Reports on military cantonments and civil stations in the Presidency of Bombay inspected by the Sanitary Commissioner in the years 1875 and 1876
Year: 1875
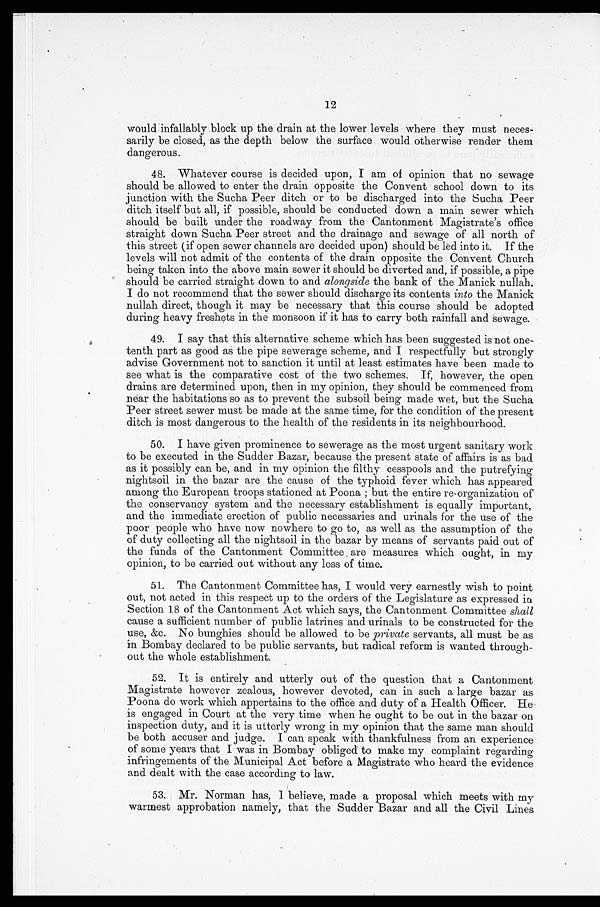
12
would infallably block up the drain at the lower levels where they must neces-
sarily be closed, as the depth below the surface would otherwise render them
dangerous.
48. Whatever course is decided upon, I am of opinion that no sewage
should be allowed to enter the drain opposite the Convent school down to its
junction with the Sucha Peer ditch or to be discharged into the Sucha Peer
ditch itself but all, if possible, should be conducted down a main sewer which
should be built under the roadway from the Cantonment Magistrate's office
straight down Sucha Peer street and the drainage and sewage of all north of
this street (if open sewer channels are decided upon) should be led into it. If the
levels will not admit of the contents of the drain opposite the Convent Church
being taken into the above main sewer it should be diverted and, if possible, a pipe
should be carried straight down to and alongside the bank of the Manick nullah.
I do not recommend that the sewer should discharge its contents into the Manick
nullah direct, though it may be necessary that this course should be adopted
during heavy freshets in the monsoon if it has to carry both rainfall and sewage.
49. I say that this alternative scheme which has been suggested is not one-
tenth part as good as the pipe sewerage scheme, and I respectfully but strongly
advise Government not to sanction it until at least estimates have been made to
see what is the comparative cost of the two schemes. If, however, the open
drains are determined upon, then in my opinion, they should be commenced from
near the habitations so as to prevent the subsoil being made wet, but the Sucha
Peer street sewer must be made at the same time, for the condition of the present
ditch is most dangerous to the health of the residents in its neighbourhood.
50. I have given prominence to sewerage as the most urgent sanitary work
to be executed in the Sudder Bazar, because the present state of affairs is as bad
as it possibly can be, and in my opinion the filthy cesspools and the putrefying
nightsoil in the bazar are the cause of the typhoid fever which has appeared
among the European troops stationed at Poona ; but the entire re-organization of
the conservancy system and the necessary establishment is equally important,
and the immediate erection of public necessaries and urinals for the use of the
poor people who have now nowhere to go to, as well as the assumption of the
of duty collecting all the nightsoil in the bazar by means of servants paid out of
the funds of the Cantonment Committee are measures which ought, in my
opinion, to be carried out without any loss of time.
51. The Cantonment Committee has, I would very earnestly wish to point
out, not acted in this respect up to the orders of the Legislature as expressed in
Section 18 of the Cantonment Act which says, the Cantonment Committee shall
cause a sufficient number of public latrines and urinals to be constructed for the
use, &c. No bunghies should be allowed to be private servants, all must be as
in Bombay declared to be public servants, but radical reform is wanted through-
out the whole establishment.
52. It is entirely and utterly out of the question that a Cantonment
Magistrate however zealous, however devoted, can in such a large bazar as
Poona do work which appertains to the office and duty of a Health Officer. He
is engaged in Court at the very time when he ought to be out in the bazar on
inspection duty, and it is utterly wrong in my opinion that the same man should
be both accuser and judge. I can speak with thankfulness from an experience
of some years that I was in Bombay obliged to make my complaint regarding
infringements of the Municipal Act before a Magistrate who heard the evidence
and dealt with the case according to law.
53. Mr. Norman has, I believe, made a proposal which meets with my
warmest approbation namely, that the Sudder Bazar and all the Civil Lines